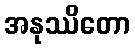
အနုဿိတော